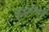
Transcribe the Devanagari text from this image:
ब्रॅडलीकडे